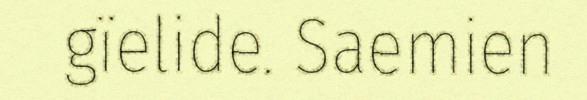
gïelide. Saemien